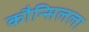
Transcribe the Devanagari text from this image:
कौन्सिलला